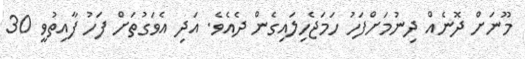
މޫނަށް ދޮނެއް ދިނުމަށްފަހު ހަމަޖެހިލައިގެން ދެއެވެ. އަދި އެވަގުތަށް ފަހު ފާއިތުވީ 30